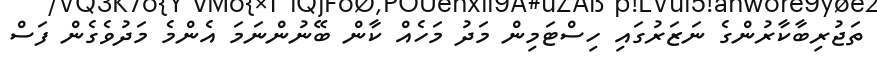
ތަޖުރިބާކާރުންގެ ނަޒަރުގައި ހިސްޓަމިން މަދު މަހެއް ކާން ބޭނުންނަމަ އެންމެ މަދުވެގެން ފަސް